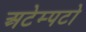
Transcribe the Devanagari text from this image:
अटेम्पटो